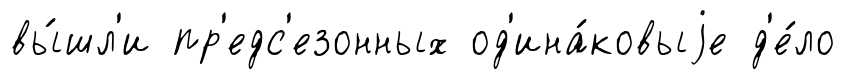
вы́шл'и пр'едс'езонных од'ина́ковыjе д'е́ло